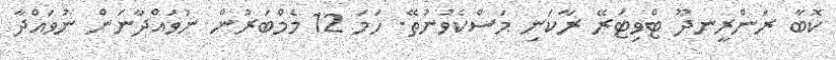
ކޮބާ ރަންރީނދޫ ޓްވިޓަރޭ ރާކަނި މަސްކެވުނުތޭ. ހަމަ 12 މެމްބަރުން ނުވައްދާނަން ނުވައްދާ